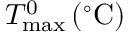
T _ { \mathrm { m a x } } ^ { 0 } \, ( ^ { \circ } \mathrm { C } )